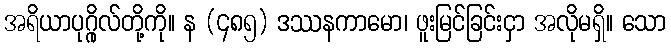
အရိယာပုဂ္ဂိုလ်တို့ကို။ န (၄၈၅) ဒဿနကာမော၊ ဖူးမြင်ခြင်းငှာ အလိုမရှိ။ သော